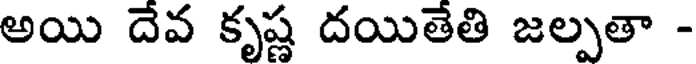
అయి దేవ కృష్ణ దయితేతి జల్పతా -